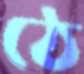
ঠে